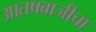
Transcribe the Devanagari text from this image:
आतषबाजीचा